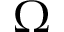
\Omega